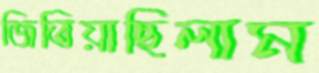
জিতিয়াছিলাম